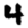
Digit: 4